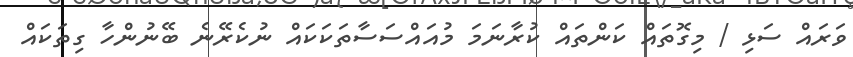
ވަރައް ސަޅި / މިގޮތައް ކަންތައް ކުރާނަމަ މުއައްސަސާތަކަކައް ނުކެރޭނެ ބޭނުންހާ ގިތަކައް